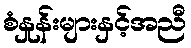
စံနှုန်းများနှင့်အညီ